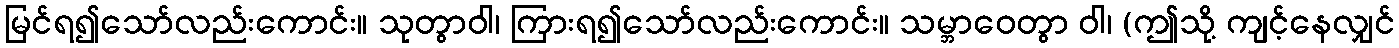
မြင်ရ၍သော်လည်းကောင်း။ သုတွာဝါ၊ ကြားရ၍သော်လည်းကောင်း။ သမ္ဘာဝေတွာ ဝါ၊ (ဤသို့ ကျင့်နေလျှင်